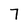
Character: 7